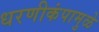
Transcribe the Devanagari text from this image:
धरणीकंपामुळे